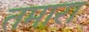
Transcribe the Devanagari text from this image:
तमारा